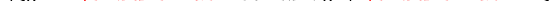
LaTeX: \smash{\gamma_{s0}=\ensuremath{\mathrm{\ textsl{v}}_{0}}^{2}/\ensuremath{D_{s}}}